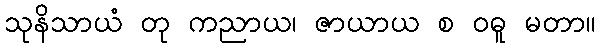
သုနိသာယံ တု ကညာယ၊ ဇာယာယ စ ဝဓူ မတာ။